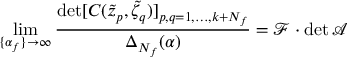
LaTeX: \operatorname * { l i m } _ { \{ \alpha _ { f } \} \to \infty } \frac { \operatorname * { d e t } [ C ( \tilde { z } _ { p } , \tilde { \zeta } _ { q } ) ] _ { p , q = 1 , \dots , k + N _ { f } } } { \Delta _ { N _ { f } } ( \alpha ) } = \mathcal { F } \cdot \operatorname * { d e t } \mathcal { A }